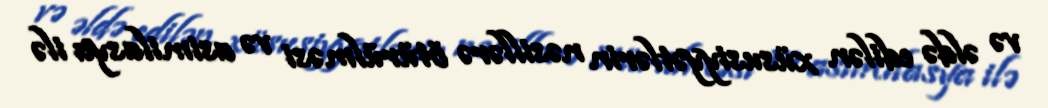
və əldə edilən xüsusiyyətlərin nəsillərə ötürülməsi və asimilasya ilə